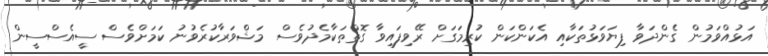
އަޅުއްވަމުން ގެންދަވާ ފިޔަވަޅުތަކާއި އެކަންކަން ކުރިމަގަށް ރޭވިފައިވާ ގޮތްތަކާމެދުވެސް މަޝްވަރާކުރެވުނު ކަމަށްވެސް ސީއެސްސީން